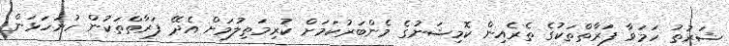
ޝަރުތު ހަމަވާ ފަރާތްތަކުގެ ތެރެއިން ކޮމިޝަނުގެ މެންބަރުކަމަށް ކުރިމަތިލުމަށް އެދޭ ފަރާތްތަކުން ހުށަހަޅަން